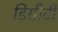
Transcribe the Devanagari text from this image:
डिग्रीटी